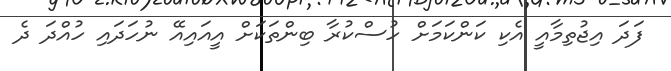
ފަދަ އިޖުތިމާއީ އެކި ކަންކަމަށް ހުސްކުރާ ބިންތަކަށް އީއައިއޭ ނުހަދައި ހުއްދަ ދެ